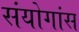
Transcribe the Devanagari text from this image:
संयोगांस